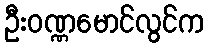
ဦးဝဏ္ဏမောင်လွင်က